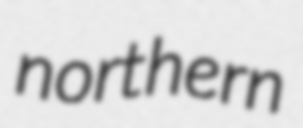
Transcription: northern